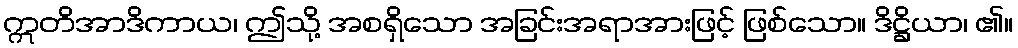
ဣတိအာဒိကာယ၊ ဤသို့ အစရှိသော အခြင်းအရာအားဖြင့် ဖြစ်သော။ ဒိဋ္ဌိယာ၊ ၏။